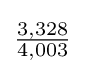
{\tfrac {3,328}{4,003}}